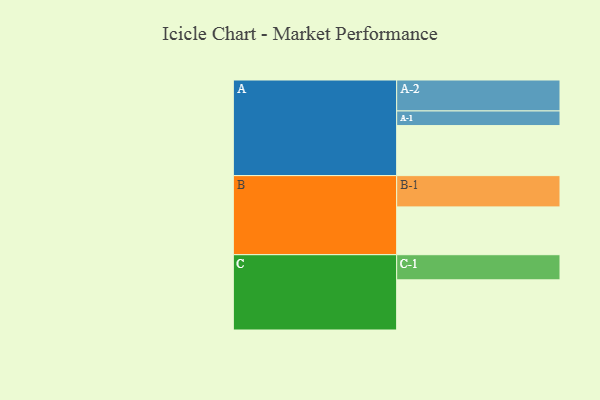
{"axis": {"x": "Segment", "y": "Value"}, "legend": ["", "A", "B", "C"], "data": [{"x": "A", "y": 448, "type": ""}, {"x": "B", "y": 428, "type": ""}, {"x": "C", "y": 449, "type": ""}, {"x": "A-1", "y": 131, "type": "A"}, {"x": "A-2", "y": 277, "type": "A"}, {"x": "B-1", "y": 280, "type": "B"}, {"x": "C-1", "y": 225, "type": "C"}]}